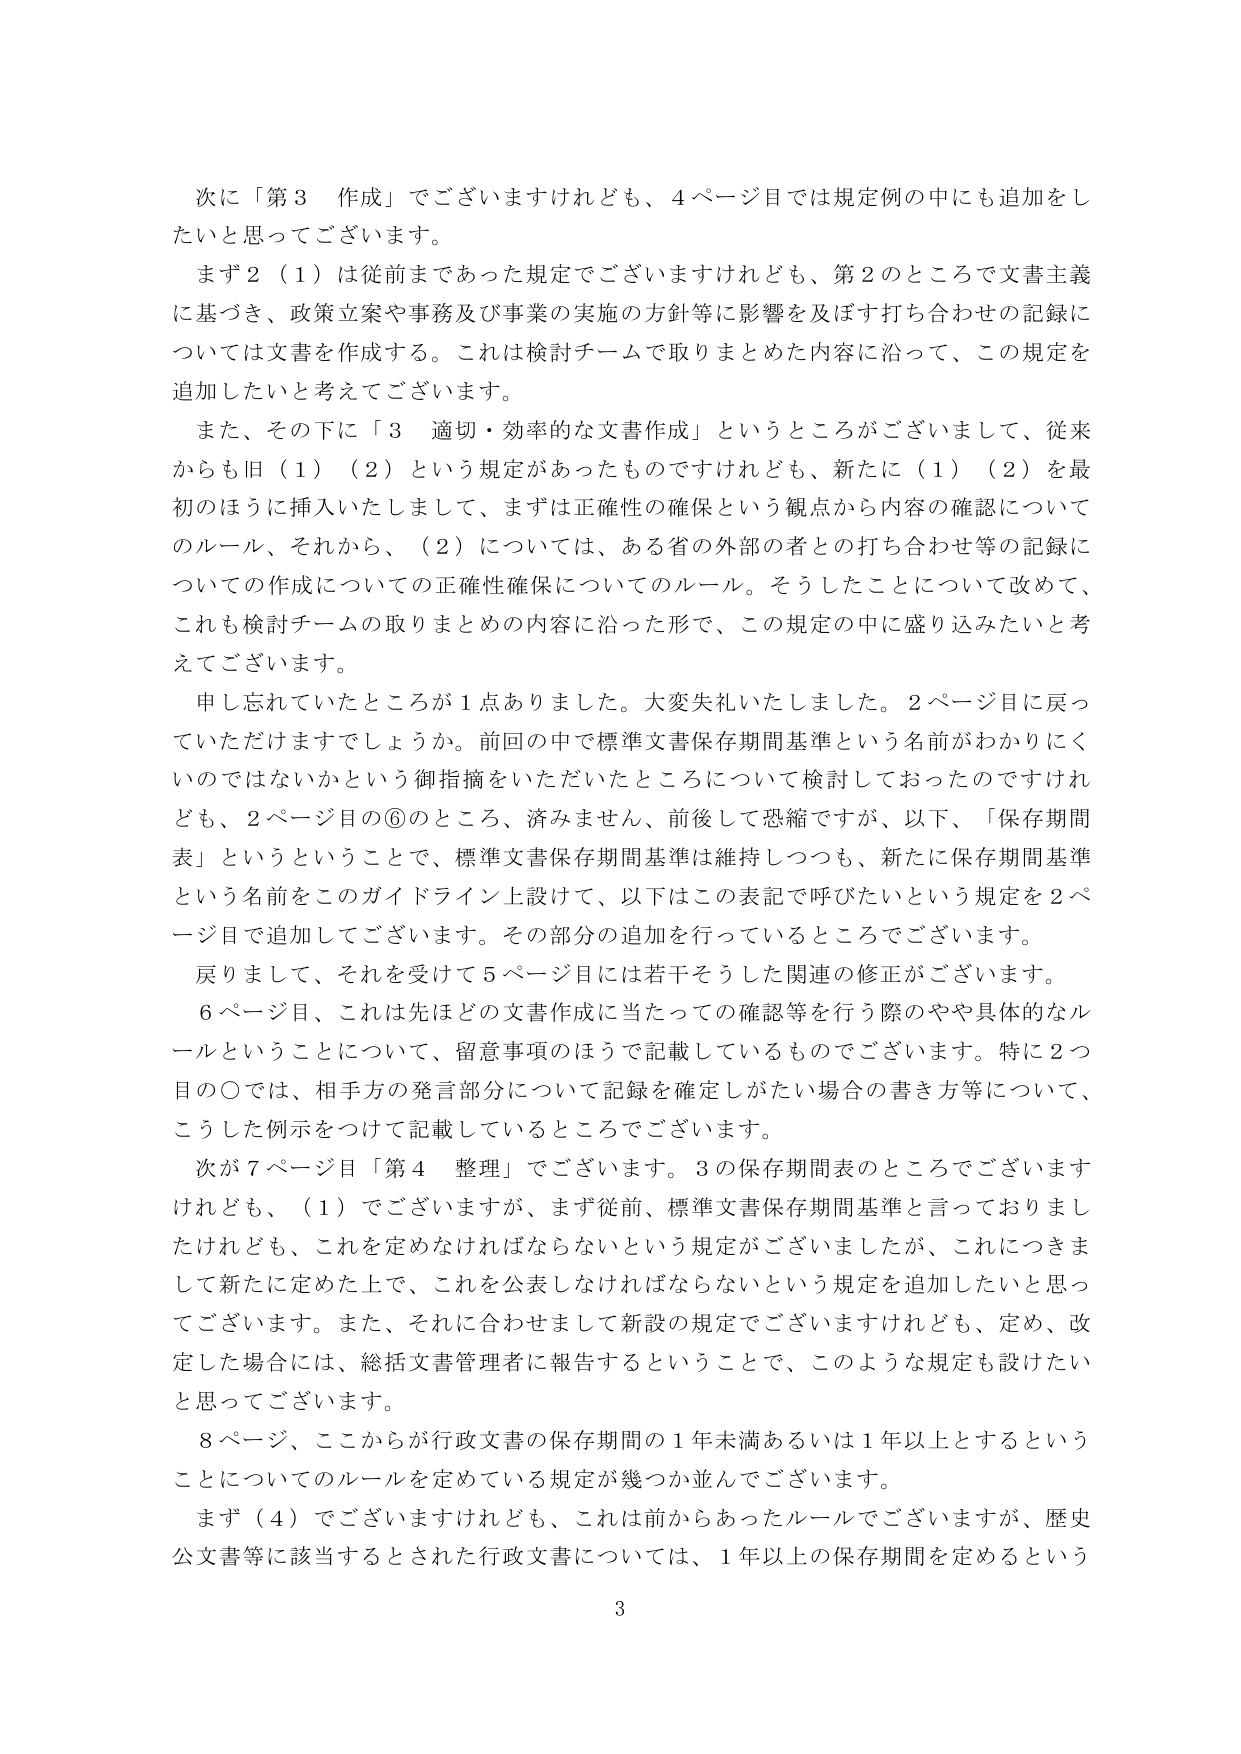
次に「第3 作成」でございますけれども、4ページ目では規定例の中にも追加をしたいと思ってございます。

まず2（1）は従前まであった規定でございますけれども、第2のところで文書主義に基づき、政策立案や事務及び事業の実施の方針等に影響を及ぼす打ち合わせの記録については文書を作成する。これは検討チームで取りまとめた内容に沿って、この規定を追加したいと考えてございます。

また、その下に「3 適切・効率的な文書作成」というところがございまして、従来からも旧（1）（2）という規定があったものでございますけれども、新たに（1）（2）を最初のほうに挿入いたしまして、まずは正確性の確保という観点から内容の確認についてのルール、それから、（2）については、ある省の外部の者との打ち合わせ等の記録についての作成についての正確性確保についてのルール。そうしたことについて改めて、これも検討チームの取りまとめの内容に沿った形で、この規定の中に盛り込みたいと考えてございます。

申し忘れていたところが1点ありました。大変失礼いたしました。2ページ目に戻っていただけますでしょうか。前回の中で標準文書保存期間基準という名前がわかりにくいのではないかという御指摘をいただいたところについて検討しておったのですけれども、2ページ目の⑥のところ、済みません、前後して恐縮ですが、以下、「保存期間表」というということで、標準文書保存期間基準は維持しつつも、新たに保存期間基準という名前をこのガイドライン上設けて、以下はこの表記で呼びたいという規定を2ページ目で追加してございます。その部分の追加を行っているところでございます。

戻りまして、それを受けまして5ページ目には若干そうした関連の修正がございます。

6ページ目、これは先ほどの文書作成に当たっての確認等を行う際のやや具体的なルールということについて、留意事項のほうで記載しているものでございます。特に2つ目の〇では、相手方の発言部分について記録を確定しがたい場合の書き方等について、こうした例示をつけて記載しているところでございます。

次が7ページ目「第4 整理」でございます。3の保存期間表のところでございますけれども、（1）でございますが、まず従前、標準文書保存期間基準と言っておりましたけれども、これを定めなければならないという規定がございましたが、これにつきまして新たに定めた上で、これを公表しなければならないという規定を追加したいと思ってございます。また、それに合わせまして新設の規定でございますけれども、定め、改定した場合には、総括文書管理者に報告するということで、このような規定も設けたいと思ってございます。

8ページ、ここからが行政文書の保存期間の1年未満あるいは1年以上とするということについてのルールを定めている規定が幾つか並んでございます。

まず（4）でございますけれども、これは前からあったルールでございますが、歴史公文書等に該当するとされた行政文書については、1年以上の保存期間を定めるという

3